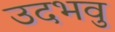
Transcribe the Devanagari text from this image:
उदभवु